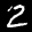
Label: 2